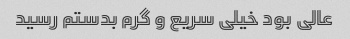
عالى بود خیلی سریع و گرم بدستم رسید